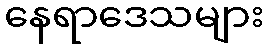
နေရာဒေသများ